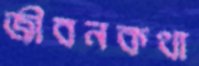
জীবনকথা